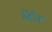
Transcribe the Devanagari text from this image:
४२५७